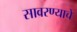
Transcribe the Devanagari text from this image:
सावरण्याचे